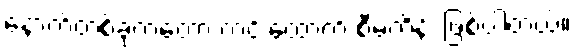
နောက်တစ်ခုကတော့ ကင်းထောက် စီမံကိန်း ဖြစ်ပါတယ်။